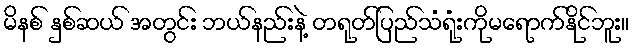
မိနစ် နှစ်ဆယ် အတွင်း ဘယ်နည်းနဲ့ တရုတ်ပြည်သံရုံးကိုမရောက်နိုင်ဘူး။